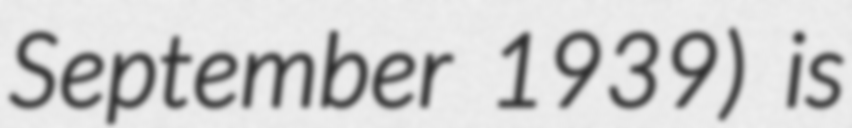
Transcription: September 1939) is